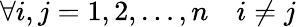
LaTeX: \forall i,j=1,2,\ldots,n\quad i\neq j